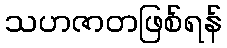
သဟဇာတဖြစ်ရန်